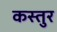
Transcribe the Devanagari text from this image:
कस्तुर